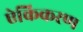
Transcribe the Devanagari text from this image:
ऐकिकरण